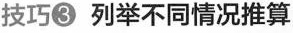
技巧③ 列举不同情况推算